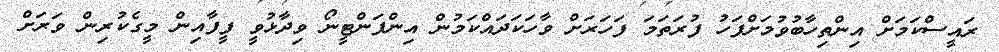
ރައީސްކަމަށް އިންތިހާބުވުމަށްފަހު ފުރަތަމަ ފަހަރަށް ވާހަކަދައްކަމުން އިންފަންޓީނޯ ވިދާޅުވީ ފީފާއިން މީގެކުރިން ވަރަށް